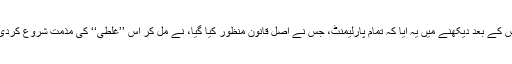
اس کے بعد دیکھنے میں یہ آیا کہ تمام پارلیمنٹ، جس نے اصل قانون منظور کیا گیا، نے مل کر اس ’’غلطی‘‘ کی مذمت شروع کردی۔